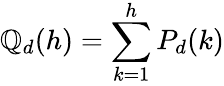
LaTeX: \mathbb{Q}_{d}(h)=\sum_{k=1}^{h}P_{d}(k)